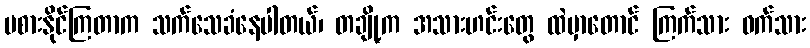
မစားနိုင်ကြတာက သက်သေခံနေပါတယ်၊ တချို့က အသားဟင်းတွေ ထဲမှာတောင် ကြက်သား ဝက်သား